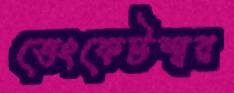
ভেংকেটশ্বর